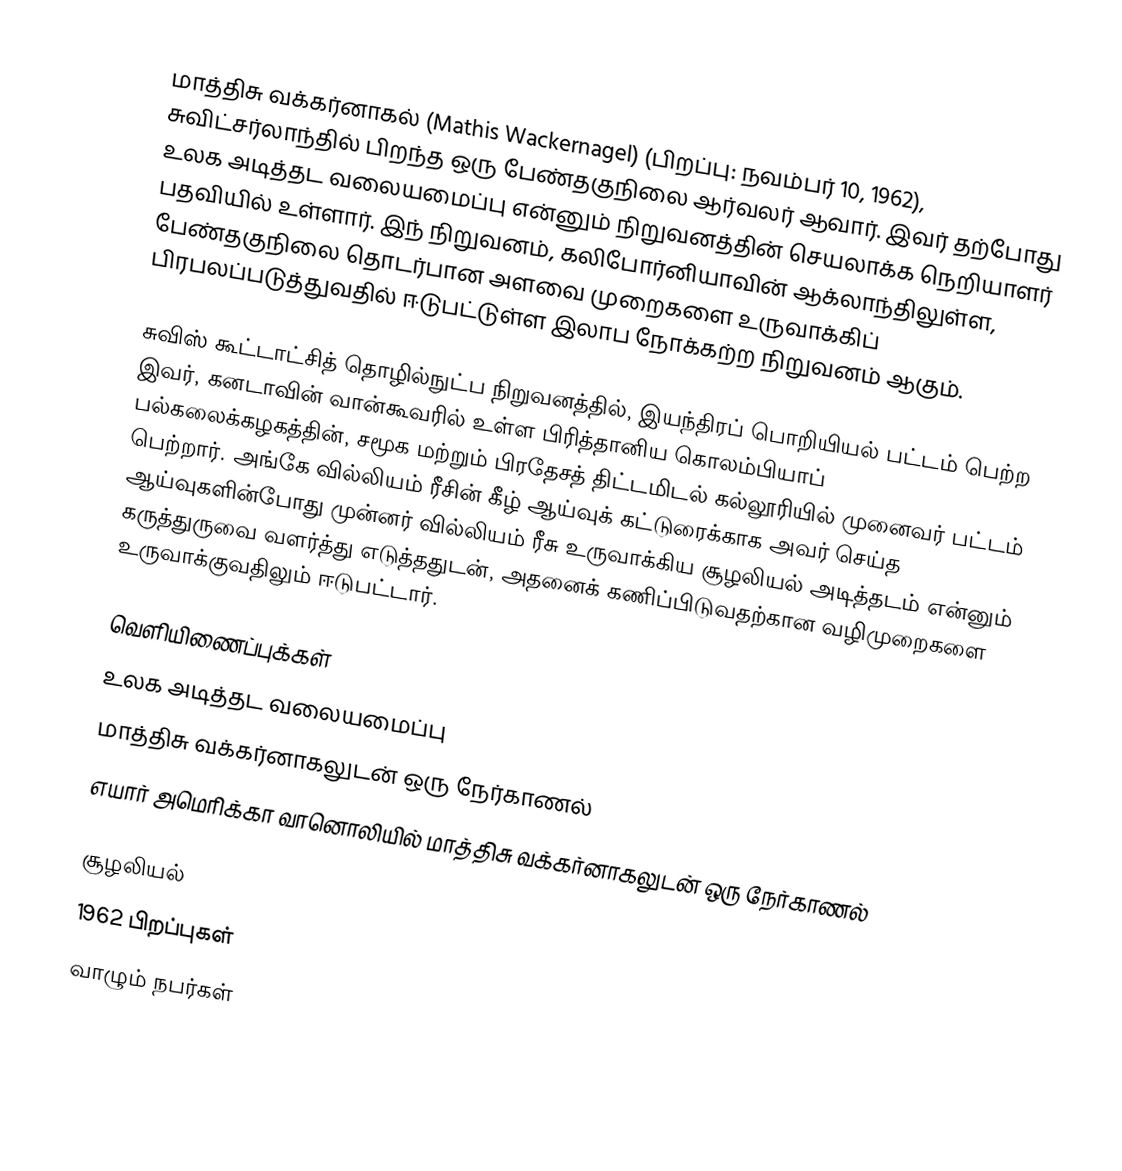
மாத்திசு வக்கர்னாகல் (Mathis Wackernagel) (பிறப்பு: நவம்பர் 10, 1962), சுவிட்சர்லாந்தில் பிறந்த ஒரு பேண்தகுநிலை ஆர்வலர் ஆவார். இவர் தற்போது உலக அடித்தட வலையமைப்பு என்னும் நிறுவனத்தின் செயலாக்க நெறியாளர் பதவியில் உள்ளார். இந் நிறுவனம், கலிபோர்னியாவின் ஆக்லாந்திலுள்ள, பேண்தகுநிலை தொடர்பான அளவை முறைகளை உருவாக்கிப் பிரபலப்படுத்துவதில் ஈடுபட்டுள்ள இலாப நோக்கற்ற நிறுவனம் ஆகும்.

சுவிஸ் கூட்டாட்சித் தொழில்நுட்ப நிறுவனத்தில், இயந்திரப் பொறியியல் பட்டம் பெற்ற இவர், கனடாவின் வான்கூவரில் உள்ள பிரித்தானிய கொலம்பியாப் பல்கலைக்கழகத்தின், சமூக மற்றும் பிரதேசத் திட்டமிடல் கல்லூரியில் முனைவர் பட்டம் பெற்றார். அங்கே வில்லியம் ரீசின் கீழ் ஆய்வுக் கட்டுரைக்காக அவர் செய்த ஆய்வுகளின்போது முன்னர் வில்லியம் ரீசு உருவாக்கிய சூழலியல் அடித்தடம் என்னும் கருத்துருவை வளர்த்து எடுத்ததுடன், அதனைக் கணிப்பிடுவதற்கான வழிமுறைகளை உருவாக்குவதிலும் ஈடுபட்டார்.

வெளியிணைப்புக்கள்
உலக அடித்தட வலையமைப்பு
மாத்திசு வக்கர்னாகலுடன் ஒரு நேர்காணல்
எயார் அமெரிக்கா வானொலியில் மாத்திசு வக்கர்னாகலுடன் ஒரு நேர்காணல்

சூழலியல்
1962 பிறப்புகள்
வாழும் நபர்கள்